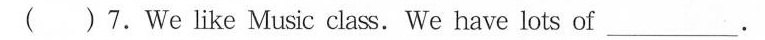
( )7.We like Music class.We have lots of __